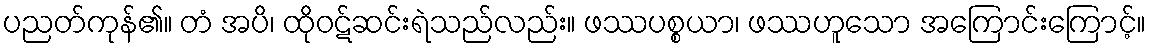
ပညတ်ကုန်၏။ တံ အပိ၊ ထိုဝဋ်ဆင်းရဲသည်လည်း။ ဖဿပစ္စယာ၊ ဖဿဟူသော အကြောင်းကြောင့်။